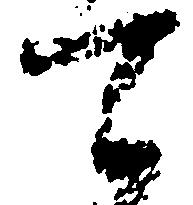
て